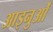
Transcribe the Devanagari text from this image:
आइनुओं